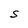
Character: S